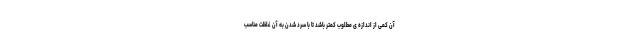
آن کمی از اندازه ی مطلوب کمتر باشد تا با سرد شدن به آن غلظت مناسب